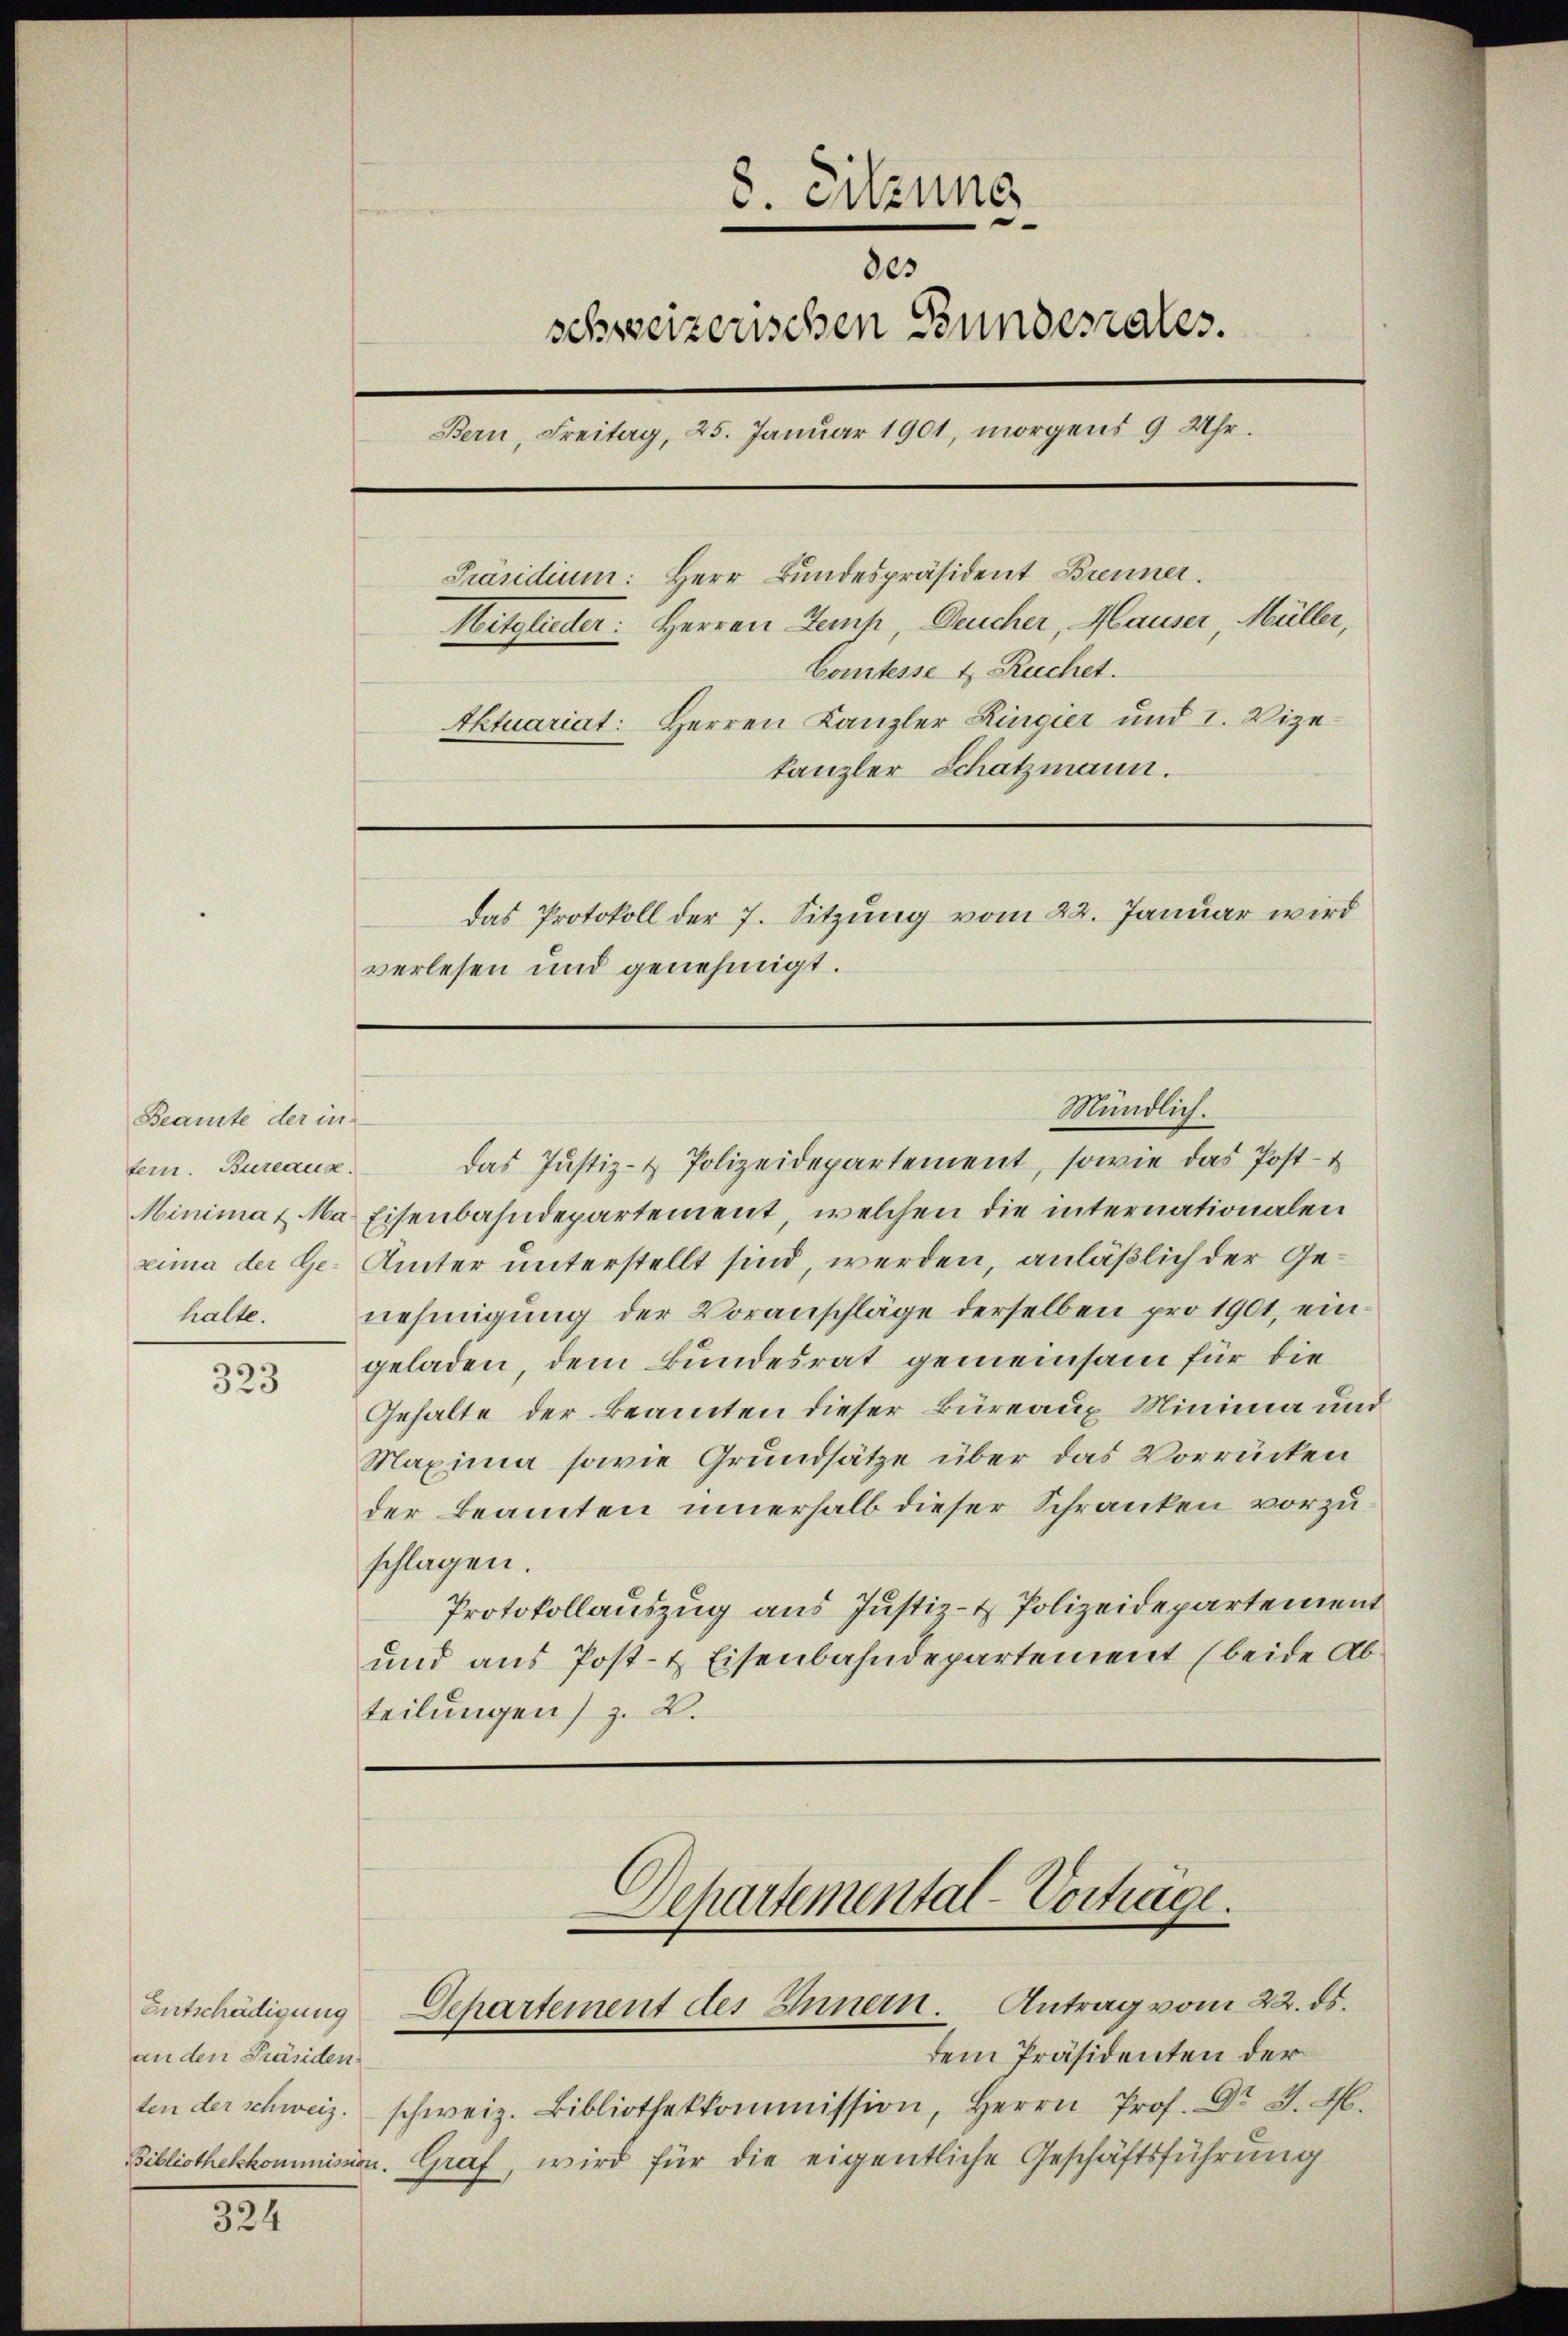
Beamte der in
tern. Bureause.
halte.

323

324

8. Sitzung
des
schweizerischen Bundesrates.
Bern, Freitag, 25. Januar 1901, morgens 9 Uhr.
Präsidium: Herr Bundespräsident Brenner.
Mitglieder: Herren Zank, Deucher, Hauser, Müller,
Comtesse 4 Ruchet.
Aktuariat: Herren Kanzler Ringier und I. Vize-
kanzler Schatzmann.
Das Protokoll der 7. Sitzung vom 22. Januar wird
verlesen und genehmigt.

an den Ständen.

das Justiz- & Polizeidepartement, sowie das Post-
Minima & Ma Eisenbahndepartement, welchen die internationalen
rima der Ge. Ämter unterstellt sind, werden, anläßlich der Genehmigung der Voranschläge derselben pro 1901, eingeladen, dem Bundesrat gemeinsam für die
Gehalte der Beamten dieser Büreaux Minima und
Maxima sowie Grundsätze über das Vorrücken
der Beamten innerhalb dieser Schranken vorzuschlagen.
Protokollauszug aus Justiz- & Polizeidepartement
und aus Post- & Eisenbahndepartement (beide Abteilungen z. B.

Mündlich.

Departemental-Vortrage.
Entschädigung Departement des Innern. Antrag vom 22. ds.

dem Präsidenten der
ten der schweiz. schweiz. Bibliothekkommission, Herrn Prof. Dr J. H.
Bibliothekkommission. Graf, wird für die eigentliche Geschäftsführung